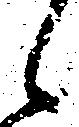
候